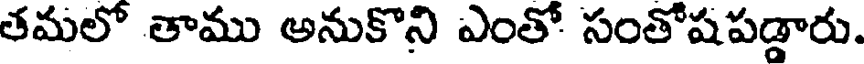
తమలో తాము అనుకొని ఎంతో సంతోషపడ్డారు.